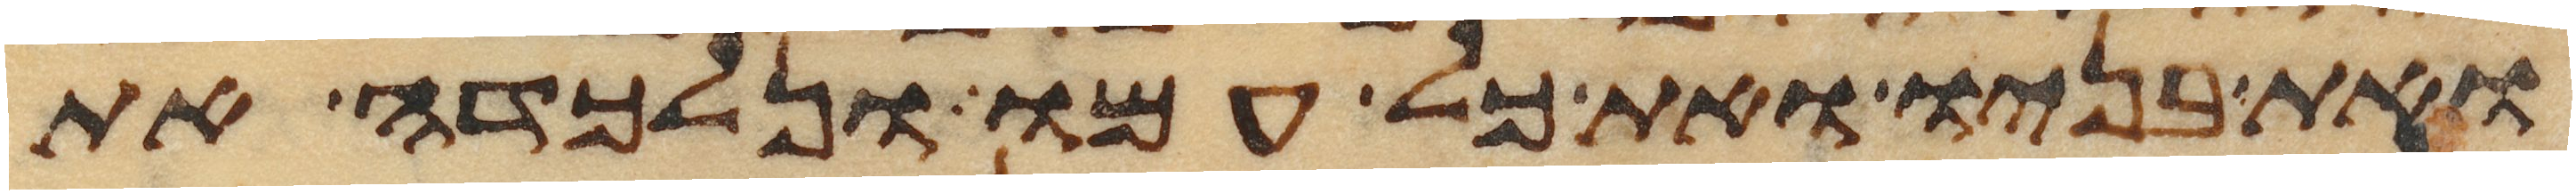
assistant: ואת בניו ואת כל עמו ונלכדה את